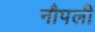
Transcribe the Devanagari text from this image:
नौपली